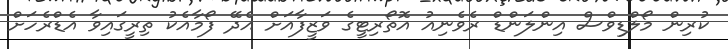
ކުރިން މޯލްޑިވްސް އިންލަންޑް ރެވެނިއު އޮތޯރިޓީގެ ވަޒީފާއަށް އެދޭ ފޯމާއެކު ތިރީގައިވާ އެޑްރެހަށް